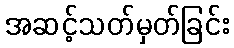
အဆင့်သတ်မှတ်ခြင်း